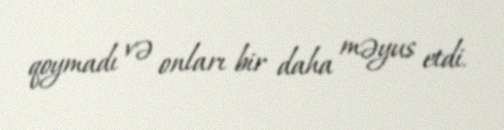
qoymadı və onları bir daha məyus etdi.